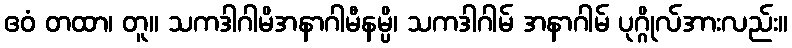
ဧဝံ တထာ၊ တူ။ သကဒါဂါမိအနာဂါမီနမ္ပိ၊ သကဒါဂါမ် အနာဂါမ် ပုဂ္ဂိုလ်အားလည်း။